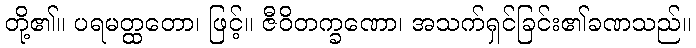
တို့၏။ ပရမတ္ထတော၊ ဖြင့်။ ဇီဝိတက္ခဏော၊ အသက်ရှင်ခြင်း၏ခဏသည်။